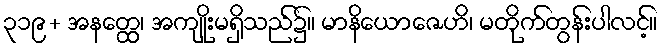
၃၁၉+ အနတ္ထေ၊ အကျိုးမရှိသည်၌။ မာနိယောဇေဟိ၊ မတိုက်တွန်းပါလင့်။